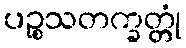
ပဉ္စသတက္ခတ္တုံ